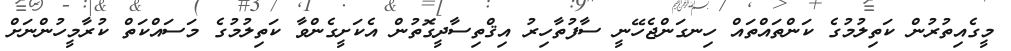
މީގެއިތުރުން ކަތިލުމުގެ ކަންތައްތައް ހިނގަންޖެހޭނީ ސާފުތާހިރު އިޤްތިސާދީގޮތުން އެކަށީގެންވާ ކަތިލުމުގެ މަސައްކަތް ކުރާމީހުންނަށް